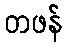
တဖန်